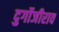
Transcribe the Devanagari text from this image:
दुर्गोजीराव